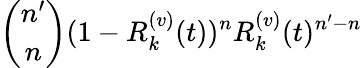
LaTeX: \binom{n^{\prime}}{n}(1-R_{k}^{(v)}(t))^{n}R_{k}^{(v)}(t)^{n^{\prime}-n}